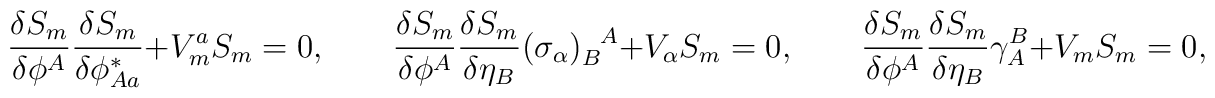
\frac{\delta S_m}{\delta \phi^A} \frac{\delta S_m}{\delta \phi_{A a}^*} + V_m^a S_m = 0,\qquad\frac{\delta S_m}{\delta \phi^A} \frac{\delta S_m}{\delta \eta_B} (\sigma_\alpha)_B^{~~\!A} + V_\alpha S_m = 0,\qquad\frac{\delta S_m}{\delta \phi^A} \frac{\delta S_m}{\delta \eta_B}\gamma^B_A + V_m S_m = 0,